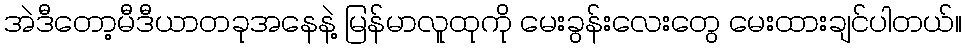
အဲဒီတော့မီဒီယာတခုအနေနဲ့ မြန်မာလူထုကို မေးခွန်းလေးတွေ မေးထားချင်ပါတယ်။